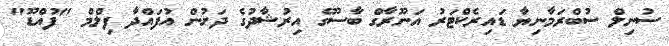
ސުނިލް ސުބްރަމާނިޔާ ޑައިރެކްޓަރު އަނޫރާގް ބާސޫގެ އިރުޝާދުގެ ދަށުން އުފައްދާ ފިލްމް "ފުއްޑޫ"